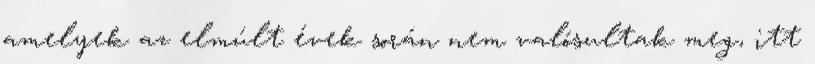
amelyek az elmúlt évek során nem valósultak meg, itt